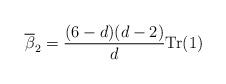
LaTeX: \begin{align*}\overline\beta_2=\frac{(6-d)(d-2)}{d}{\rm Tr}(1)\end{align*}